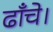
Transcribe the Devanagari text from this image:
ढाँचे।